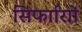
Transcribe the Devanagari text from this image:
सिफारिाों